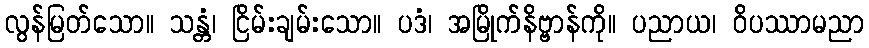
လွန်မြတ်သော။ သန္တံ၊ ငြိမ်းချမ်းသော။ ပဒံ၊ အမြိုက်နိဗ္ဗာန်ကို။ ပညာယ၊ ဝိပဿာမညာ